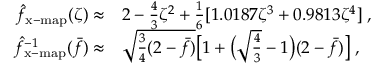
\begin{array} { r l } { \hat { f } _ { \mathrm { x - m a p } } ( \zeta ) \approx } & { 2 - \frac 4 3 \zeta ^ { 2 } + \frac 1 6 [ 1 . 0 1 8 7 \zeta ^ { 3 } + 0 . 9 8 1 3 \zeta ^ { 4 } ] \; , } \\ { \hat { f } _ { \mathrm { x - m a p } } ^ { - 1 } ( \bar { f } ) \approx } & { \sqrt { \frac { 3 } { 4 } ( 2 - \bar { f } ) } \big [ 1 + \big ( \sqrt { \frac { 4 } { 3 } } - 1 \big ) ( 2 - \bar { f } ) \big ] \; , } \end{array}